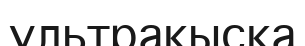
ультрақысқа